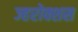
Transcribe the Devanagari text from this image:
ज्हरोक्शस